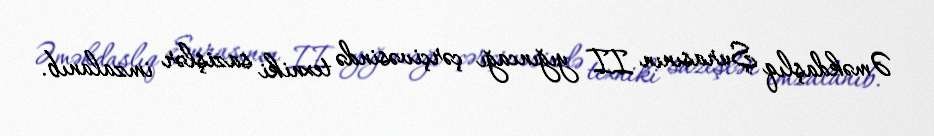
Əməkdaşlıq Şurasının II yığıncağı çərçivəsində texniki sazişlər imzalanıb.